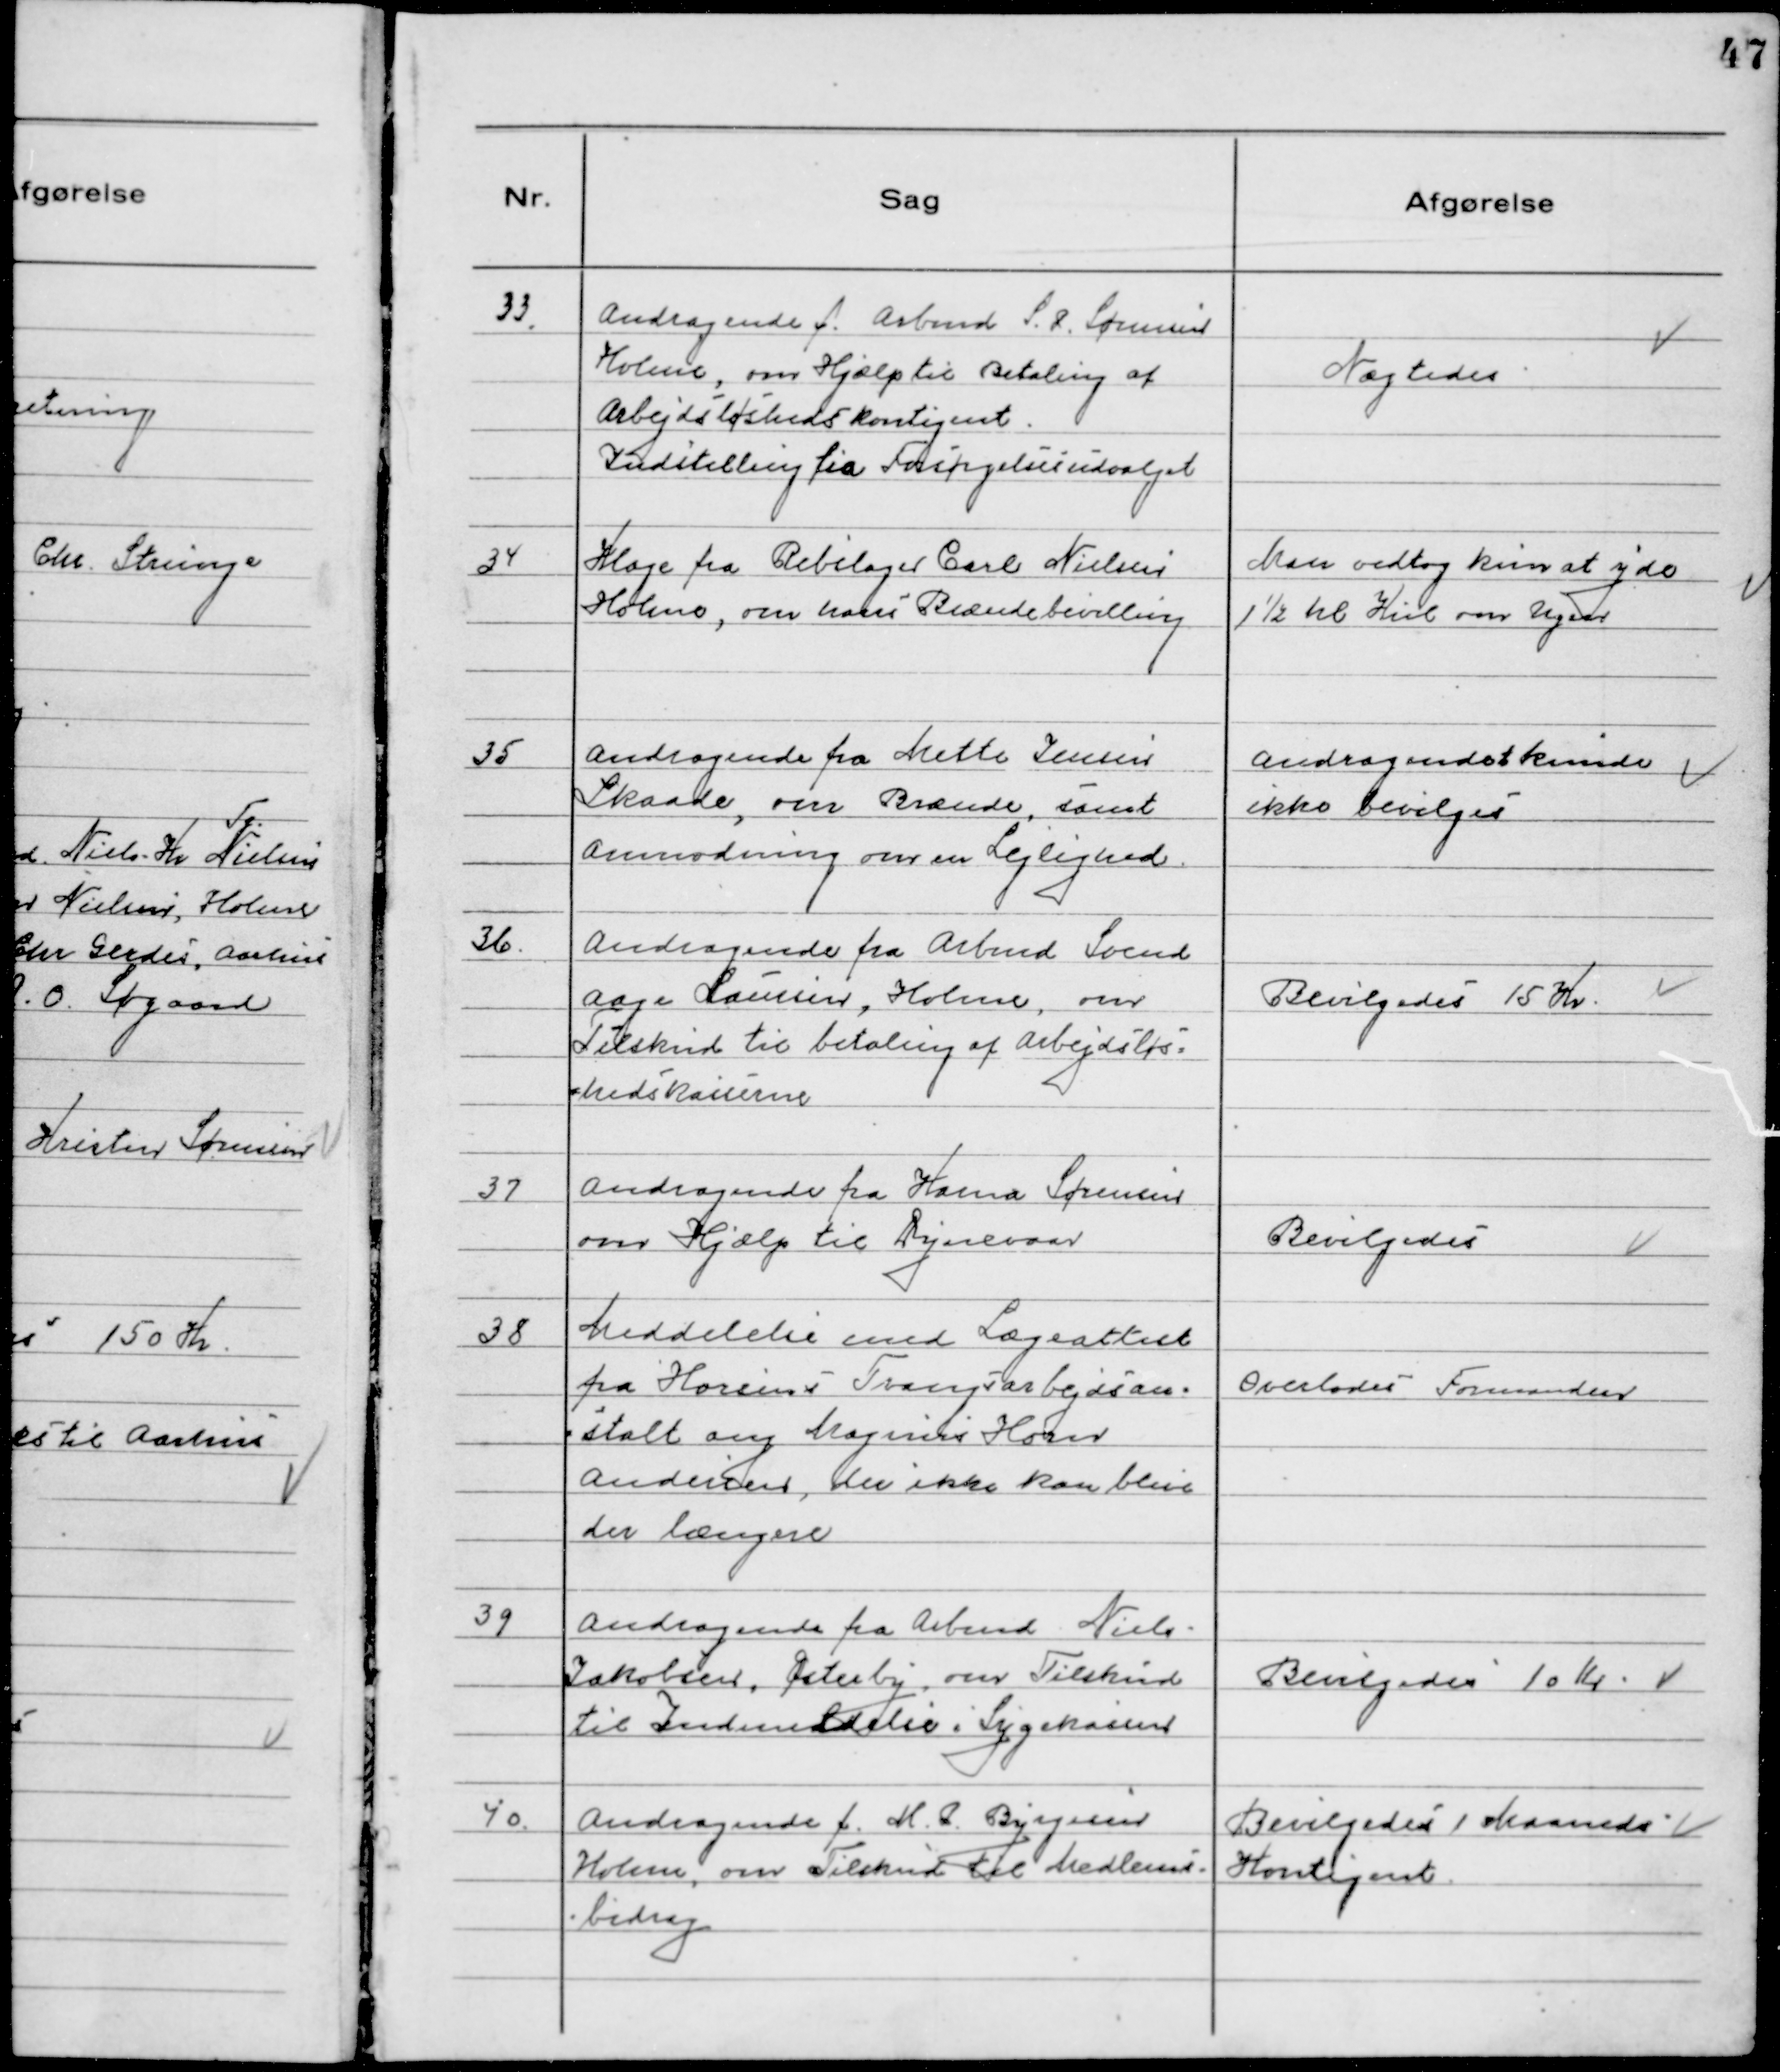
Transskription:
33. Andragende f. Arbmd. S.P. Sørensen
Holme, om Hjælp til betaling af
Arbejdsløshedskontigent.
Indstilling fra Forespørgselsudvalget

Nægtedes

34 Klage fra Rebslager Carl Nielsen
Holme, om hans Brændebevilling

Man vedtog kun at yde
1½ hl Kul om Ugen

35 Andragende fra Mette Jensen
Skaade, om Brænde, samt
anmodning om en Lejlighed.

Andragendet kunde
ikke bevilges

36. Andragende fra Arbmd Svend
Aage Laursen, Holme, om
Tilskud til betaling af Arbejdsløs-
hedskasserne

Bevilgedes 15 Kr.

37 Andragende fra Hans Sørensen
om Hjælp til Dynevaar

Bevilgedes

38 Meddelelse med Lægeattest
fra Horsens Tvangsarbejdsan-
stalt ang Magnus Horn
Andersen, der ikke kan blive
der længere

Overlodes Formanden

39 Andragende fra Arbmd Niels
Jakobsen, Østerby, om Tilskud
til Indmeldelse i Sygekassen

Bevilgedes 10 Kr

40. Andragende f. M. P. Byrgesen
Holme, om Tilskud til Medlems-
bidrag

Bevilgedes 1 Maaneds
Kontigent